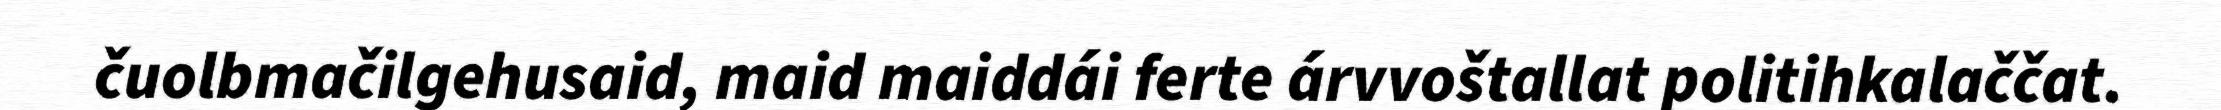
čuolbmačilgehusaid, maid maiddái ferte árvvoštallat politihkalaččat.